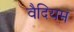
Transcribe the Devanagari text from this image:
वैदियम